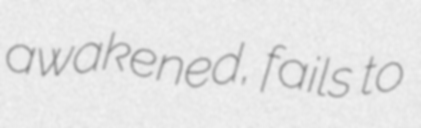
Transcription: awakened, fails to